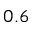
0 . 6